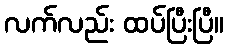
လက်လည်း ထပ်ပြီးပြီ။